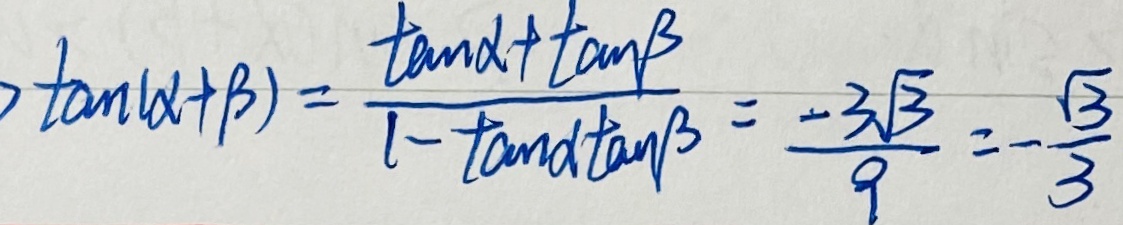
\tan ( \alpha + \beta ) = \frac { \tan \alpha + \tan \beta } { 1 - \tan \alpha \tan \beta } = \frac { - 3 \sqrt { 3 } } { 9 } = - \frac { \sqrt { 3 } } { 3 }